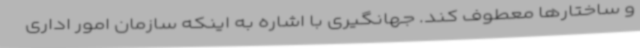
و ساختارها معطوف کند. جهانگیری با اشاره به اینکه سازمان امور اداری